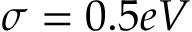
\sigma = 0 . 5 e V